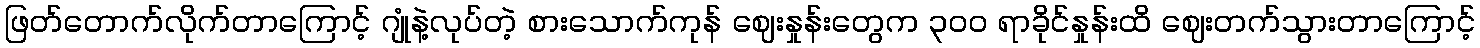
ဖြတ်တောက်လိုက်တာကြောင့် ဂျုံနဲ့လုပ်တဲ့ စားသောက်ကုန် ဈေးနှုန်းတွေက ၃၀၀ ရာခိုင်နှုန်းထိ ဈေးတက်သွားတာကြောင့်